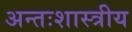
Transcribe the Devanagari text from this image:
अन्तःशास्त्रीय